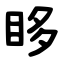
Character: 眵